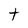
Character: t